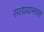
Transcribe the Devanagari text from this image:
सत्यवानास